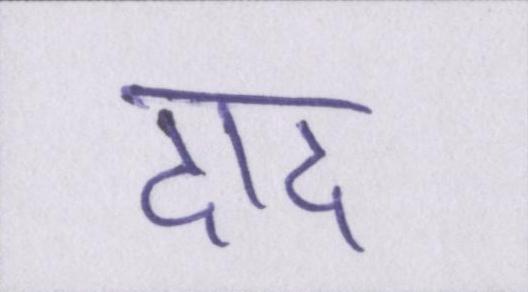
दाद